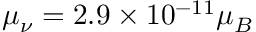
\mu _ { \nu } = 2 . 9 \times 1 0 ^ { - 1 1 } \mu _ { B }